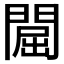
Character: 𨵡